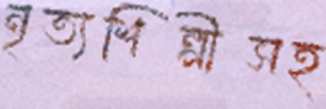
নৃত্যশিল্পীসহ